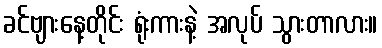
ခင်ဗျားနေ့တိုင်း ရုံးကားနဲ့ အလုပ် သွားတာလား။